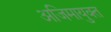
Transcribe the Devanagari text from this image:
अजिमायुक्त